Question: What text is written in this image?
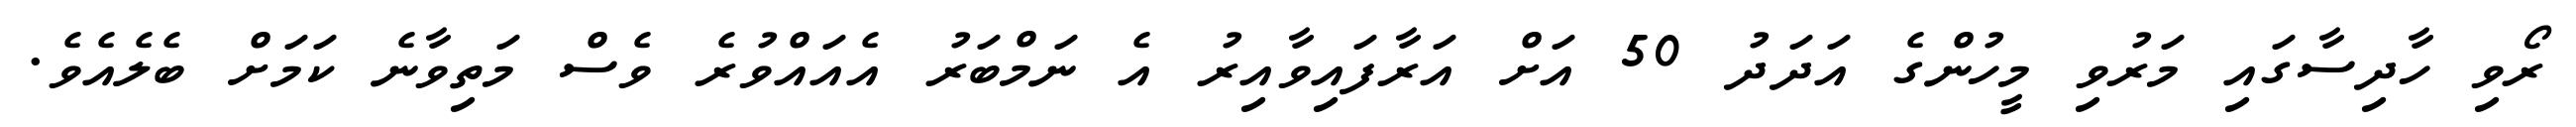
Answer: ރޯވި ހާދިސާގައި މަރުވި މީހުންގެ އަދަދު 50 އަށް އަރާފައިވާއިރު އެ ނަމްބަރު އެއައްވުރެ ވެސް މަތިވާނެ ކަމަށް ބެލެއެވެ.